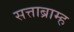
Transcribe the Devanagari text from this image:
सत्ताब्राम्ह